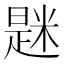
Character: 𫃆